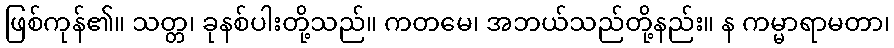
ဖြစ်ကုန်၏။ သတ္တ၊ ခုနစ်ပါးတို့သည်။ ကတမေ၊ အဘယ်သည်တို့နည်း။ န ကမ္မာရာမတာ၊